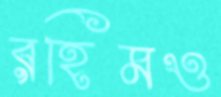
রহিমও